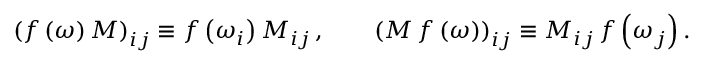
\left( f \left( \omega \right) M \right) _ { i j } \equiv f \left( \omega _ { i } \right) M _ { i j } \, , \qquad \left( M \, f \left( \omega \right) \right) _ { i j } \equiv M _ { i j } \, f \left( \omega _ { j } \right) .